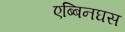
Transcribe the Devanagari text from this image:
एब्बिनघस